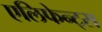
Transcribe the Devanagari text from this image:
एलिफेन्ट्स